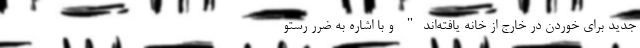
جدید برای خوردن در خارج از خانه یافته‌اند" و با اشاره به ضرر رستو